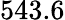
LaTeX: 543.6